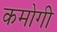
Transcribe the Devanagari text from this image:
कमोगी